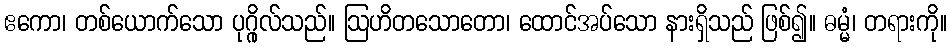
ဧကော၊ တစ်ယောက်သော ပုဂ္ဂိုလ်သည်။ ဩဟိတသောတော၊ ထောင်အပ်သော နားရှိသည် ဖြစ်၍။ ဓမ္မံ၊ တရားကို။